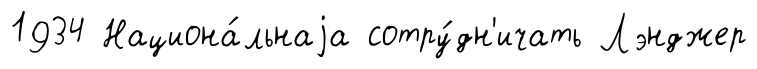
1934 Национа́льнаjа сотру́дн'ичать Лэнджер